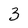
Character: 3